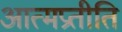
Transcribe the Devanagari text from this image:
आत्मप्रतीति